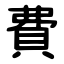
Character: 費